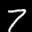
Label: 7